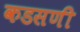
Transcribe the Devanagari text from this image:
कडसणी